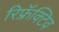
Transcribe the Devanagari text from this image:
रिफ्रॅक्टिव